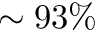
\sim 9 3 \%